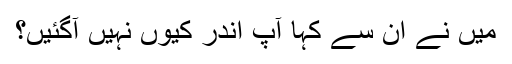
میں‌ نے ان سے کہا آپ اندر کیوں‌ نہیں‌ آگئیں؟